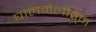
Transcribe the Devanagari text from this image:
घालमेलीतून